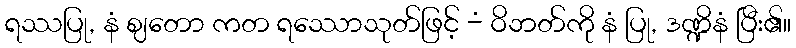
ရဿပြု, နံ ဈတော ကတ ရဿောသုတ်ဖြင့် -ံ ဝိဘတ်ကို နံ ပြု, ဒဏ္ဍိနံ ပြီး၏။